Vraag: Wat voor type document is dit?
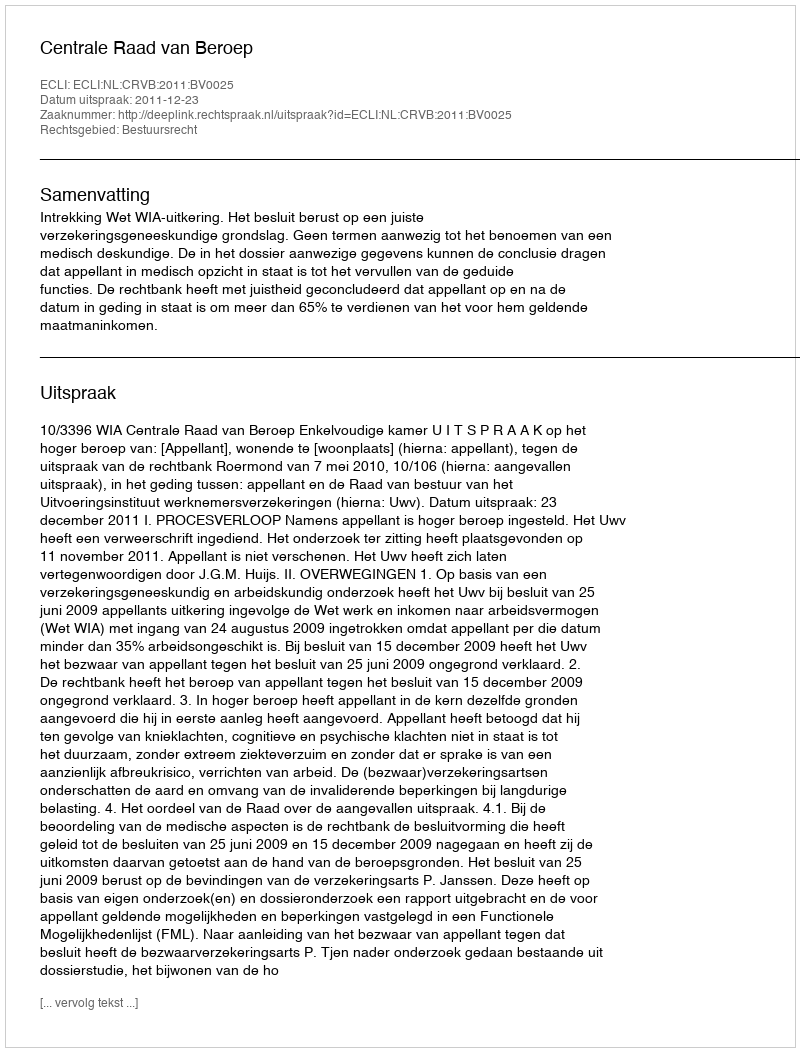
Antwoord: Uitspraak